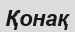
Қонақ